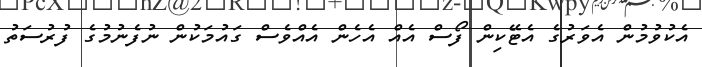
އެކުވުމުން އެވަރުގެ އެޓޭކިން ފޯސް އެއް އެހެން އެއްވެސް ގައުމަކުން ނުފެނުމުގެ ފުރުސަތު